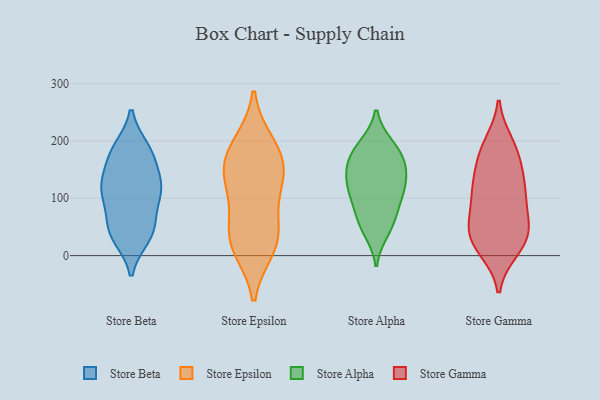
{"axis": {"x": "Website Visitors", "y": "Value"}, "legend": ["Store Alpha", "Store Beta", "Store Epsilon", "Store Gamma"], "data": [{"x": "", "y": 124, "type": "Store Beta"}, {"x": "", "y": 113, "type": "Store Beta"}, {"x": "", "y": 104, "type": "Store Beta"}, {"x": "", "y": 42, "type": "Store Beta"}, {"x": "", "y": 116, "type": "Store Beta"}, {"x": "", "y": 186, "type": "Store Beta"}, {"x": "", "y": 62, "type": "Store Beta"}, {"x": "", "y": 33, "type": "Store Beta"}, {"x": "", "y": 185, "type": "Store Beta"}, {"x": "", "y": 175, "type": "Store Beta"}, {"x": "", "y": 34, "type": "Store Beta"}, {"x": "", "y": 114, "type": "Store Beta"}, {"x": "", "y": 52, "type": "Store Beta"}, {"x": "", "y": 171, "type": "Store Beta"}, {"x": "", "y": 130, "type": "Store Beta"}, {"x": "", "y": 113, "type": "Store Epsilon"}, {"x": "", "y": 194, "type": "Store Epsilon"}, {"x": "", "y": 14, "type": "Store Epsilon"}, {"x": "", "y": 133, "type": "Store Epsilon"}, {"x": "", "y": 182, "type": "Store Epsilon"}, {"x": "", "y": 44, "type": "Store Epsilon"}, {"x": "", "y": 18, "type": "Store Epsilon"}, {"x": "", "y": 44, "type": "Store Epsilon"}, {"x": "", "y": 141, "type": "Store Epsilon"}, {"x": "", "y": 164, "type": "Store Epsilon"}, {"x": "", "y": 150, "type": "Store Alpha"}, {"x": "", "y": 43, "type": "Store Alpha"}, {"x": "", "y": 60, "type": "Store Alpha"}, {"x": "", "y": 100, "type": "Store Alpha"}, {"x": "", "y": 153, "type": "Store Alpha"}, {"x": "", "y": 167, "type": "Store Alpha"}, {"x": "", "y": 192, "type": "Store Alpha"}, {"x": "", "y": 191, "type": "Store Alpha"}, {"x": "", "y": 171, "type": "Store Alpha"}, {"x": "", "y": 128, "type": "Store Alpha"}, {"x": "", "y": 119, "type": "Store Alpha"}, {"x": "", "y": 119, "type": "Store Alpha"}, {"x": "", "y": 58, "type": "Store Alpha"}, {"x": "", "y": 94, "type": "Store Alpha"}, {"x": "", "y": 50, "type": "Store Gamma"}, {"x": "", "y": 18, "type": "Store Gamma"}, {"x": "", "y": 134, "type": "Store Gamma"}, {"x": "", "y": 63, "type": "Store Gamma"}, {"x": "", "y": 41, "type": "Store Gamma"}, {"x": "", "y": 22, "type": "Store Gamma"}, {"x": "", "y": 114, "type": "Store Gamma"}, {"x": "", "y": 195, "type": "Store Gamma"}, {"x": "", "y": 180, "type": "Store Gamma"}, {"x": "", "y": 161, "type": "Store Gamma"}, {"x": "", "y": 63, "type": "Store Gamma"}, {"x": "", "y": 31, "type": "Store Gamma"}, {"x": "", "y": 115, "type": "Store Gamma"}, {"x": "", "y": 119, "type": "Store Gamma"}, {"x": "", "y": 187, "type": "Store Gamma"}, {"x": "", "y": 11, "type": "Store Gamma"}, {"x": "", "y": 98, "type": "Store Gamma"}]}